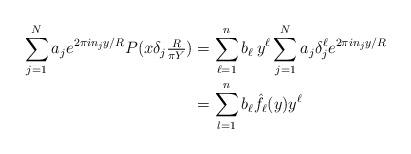
LaTeX: \begin{align*} \sum_{j=1}^N a_j e^{2\pi i n_j y/R} P(x\delta_j\tfrac R{\pi Y}) &= \sum_{\ell=1}^n b_\ell\,y^\ell\sum_{j=1}^N a_j \delta_j^\ell e^{2\pi in_j y/R} \\&= \sum_{l=1}^n b_\ell \hat f_\ell(y) y^\ell\end{align*}